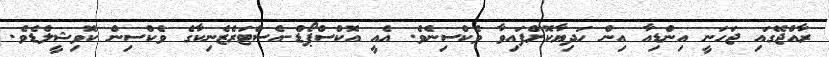
ރާއްޖޭގައި ޖަހަނީ އިންޑިއާ އިން ހަދިޔާކޮށްފައިވާ ވެކްސިނެވެ. އެއީ އޮކްސްޕޯޑް-އެސްޓަރެޒެނިކާގެ ވެކްސިން ކޮވިޝީލްޑެވެ.